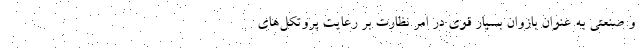
و صنعتی به عنوان بازوان بسیار قوی در امر نظارت بر رعایت پروتکل‌های